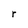
Character: r